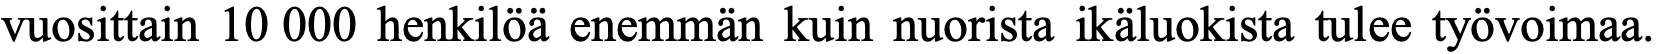
vuosittain 10 000 henkilöä enemmän kuin nuorista ikäluokista tulee työvoimaa.